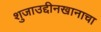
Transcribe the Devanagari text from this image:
शुजाउद्दीनखानाचा